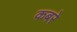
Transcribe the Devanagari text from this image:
कबरे